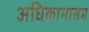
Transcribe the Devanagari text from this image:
अधिकामासम